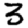
Digit: 3